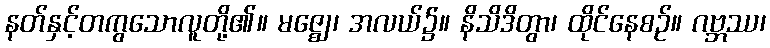
နတ်နှင့်တကွသောလူတို့၏။ မဇ္ဈေ၊ အလယ်၌။ နိသိဒိတွာ၊ ထိုင်နေစဉ်။ ဂဗ္ဘဿ၊